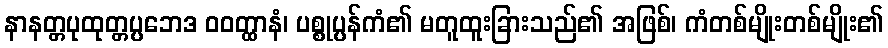
နာနတ္တပုထုတ္တပ္ပဘေဒ ဝဝတ္ထာနံ၊ ပစ္စုပ္ပန်ကံ၏ မတူထူးခြားသည်၏ အဖြစ်၊ ကံတစ်မျိုးတစ်မျိုး၏